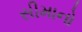
સીમાનો